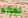
تعالج